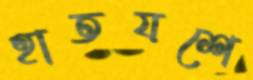
হাতযশে